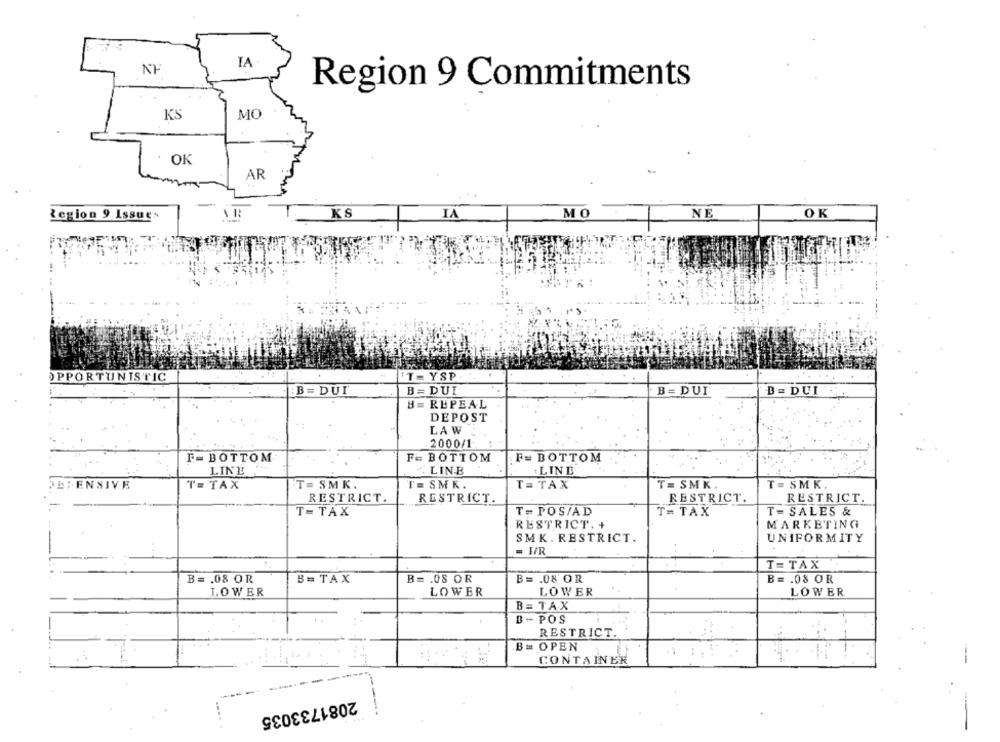
IA
Region 9 Commitments
KS
MO
OK
AR
KS
IA
MO
NE
OK
Legion 9 Issues
OPPORTUNISTIC
IT = YSP
B = DUI
B= DUI
B = DUI
D = DUI
B= REPEAL
DEPOST
LAW
2000/1
F- BOTTOM
F= BOTTOM
.F= BOTTOM
LINE
"LINE
+ LINE
E:ENSIVE
T= TAX
T= SMK.
T = SMK.
T= TAX
T = SMK
T = SMK.
RESTRICT.
RESTRICT.
RESTRICT.
RESTRICT.
T= TAX
T= POS/AD
T= TAX
T = SALES &
RESTRICT. +
MARKETING
SMK. RESTRICT.
UNIFORMITY
= H/R
T= TAX
B= . 08 OR
B = TAX
B= . 08 OR
B= . 08 OR
B= . 08 OR
I.OWER
LOWER
LOWER
LOWER
B= TAX
D - POS
RESTRICT.
B= OPEN
CONTAINER
-
2081733035
-